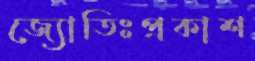
জ্যোতিঃপ্রকাশ